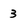
Character: 3